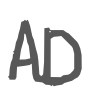
Text: AD
Cross-out: clean
Writing tool: digital_gray